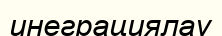
инеграциялау